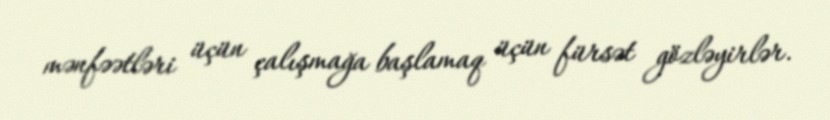
mənfəətləri üçün çalışmağa başlamaq üçün fürsət gözləyirlər.